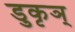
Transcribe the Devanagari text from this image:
डुकृञ्